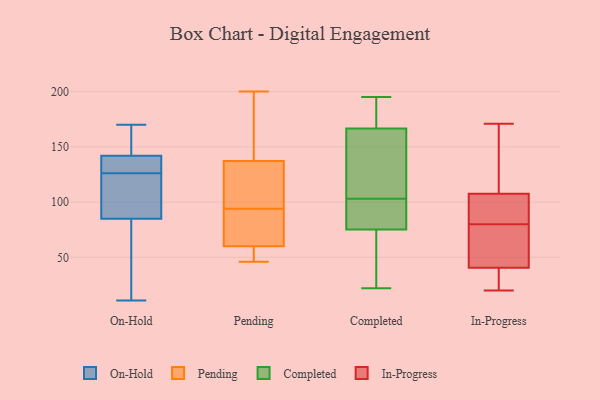
{"axis": {"x": "Energy Usage (MWh)", "y": "Value"}, "legend": ["Completed", "In-Progress", "On-Hold", "Pending"], "data": [{"x": "", "y": 96, "type": "On-Hold"}, {"x": "", "y": 75, "type": "On-Hold"}, {"x": "", "y": 128, "type": "On-Hold"}, {"x": "", "y": 142, "type": "On-Hold"}, {"x": "", "y": 133, "type": "On-Hold"}, {"x": "", "y": 170, "type": "On-Hold"}, {"x": "", "y": 11, "type": "On-Hold"}, {"x": "", "y": 167, "type": "On-Hold"}, {"x": "", "y": 124, "type": "On-Hold"}, {"x": "", "y": 85, "type": "On-Hold"}, {"x": "", "y": 46, "type": "Pending"}, {"x": "", "y": 50, "type": "Pending"}, {"x": "", "y": 52, "type": "Pending"}, {"x": "", "y": 187, "type": "Pending"}, {"x": "", "y": 80, "type": "Pending"}, {"x": "", "y": 69, "type": "Pending"}, {"x": "", "y": 94, "type": "Pending"}, {"x": "", "y": 111, "type": "Pending"}, {"x": "", "y": 84, "type": "Pending"}, {"x": "", "y": 154, "type": "Pending"}, {"x": "", "y": 57, "type": "Pending"}, {"x": "", "y": 103, "type": "Pending"}, {"x": "", "y": 146, "type": "Pending"}, {"x": "", "y": 200, "type": "Pending"}, {"x": "", "y": 95, "type": "Pending"}, {"x": "", "y": 162, "type": "Completed"}, {"x": "", "y": 103, "type": "Completed"}, {"x": "", "y": 64, "type": "Completed"}, {"x": "", "y": 154, "type": "Completed"}, {"x": "", "y": 70, "type": "Completed"}, {"x": "", "y": 168, "type": "Completed"}, {"x": "", "y": 101, "type": "Completed"}, {"x": "", "y": 94, "type": "Completed"}, {"x": "", "y": 22, "type": "Completed"}, {"x": "", "y": 91, "type": "Completed"}, {"x": "", "y": 59, "type": "Completed"}, {"x": "", "y": 134, "type": "Completed"}, {"x": "", "y": 177, "type": "Completed"}, {"x": "", "y": 65, "type": "Completed"}, {"x": "", "y": 195, "type": "Completed"}, {"x": "", "y": 178, "type": "Completed"}, {"x": "", "y": 100, "type": "Completed"}, {"x": "", "y": 185, "type": "Completed"}, {"x": "", "y": 151, "type": "Completed"}, {"x": "", "y": 27, "type": "In-Progress"}, {"x": "", "y": 105, "type": "In-Progress"}, {"x": "", "y": 67, "type": "In-Progress"}, {"x": "", "y": 31, "type": "In-Progress"}, {"x": "", "y": 171, "type": "In-Progress"}, {"x": "", "y": 50, "type": "In-Progress"}, {"x": "", "y": 93, "type": "In-Progress"}, {"x": "", "y": 51, "type": "In-Progress"}, {"x": "", "y": 20, "type": "In-Progress"}, {"x": "", "y": 95, "type": "In-Progress"}, {"x": "", "y": 110, "type": "In-Progress"}, {"x": "", "y": 168, "type": "In-Progress"}]}